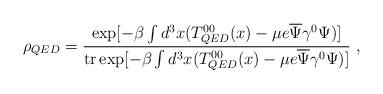
LaTeX: \begin{align*} \rho_{QED}=\frac{\exp[-\beta\int d^3x (T^{00}_{QED}(x)- \mu e\overline{\Psi}\gamma^0\Psi)]} {{{\rm tr}} \exp[-\beta\int d^3x (T^{00}_{QED}(x)- \mu e\overline{\Psi}\gamma^0\Psi)]}\ ,\end{align*}